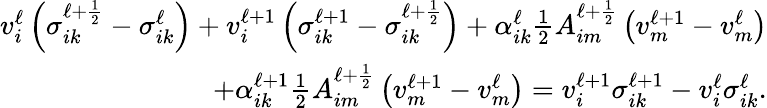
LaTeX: \begin{array}{r}{v_{i}^{\ell}\left(\sigma_{ik}^{\ell+\frac{1}{2}}-\sigma_{ik}^{\ell}\right)+v_{i}^{\ell+1}\left(\sigma_{ik}^{\ell+1}-\sigma_{ik}^{\ell+\frac{1}{2}}\right)+\alpha_{ik}^{\ell}\frac{1}{2}A_{im}^{\ell+\frac{1}{2}}\left(v_{m}^{\ell+1}-v_{m}^{\ell}\right)}\\ {+\alpha_{ik}^{\ell+1}\frac{1}{2}A_{im}^{\ell+\frac{1}{2}}\left(v_{m}^{\ell+1}-v_{m}^{\ell}\right)=v_{i}^{\ell+1}\sigma_{ik}^{\ell+1}-v_{i}^{\ell}\sigma_{ik}^{\ell}.}\end{array}